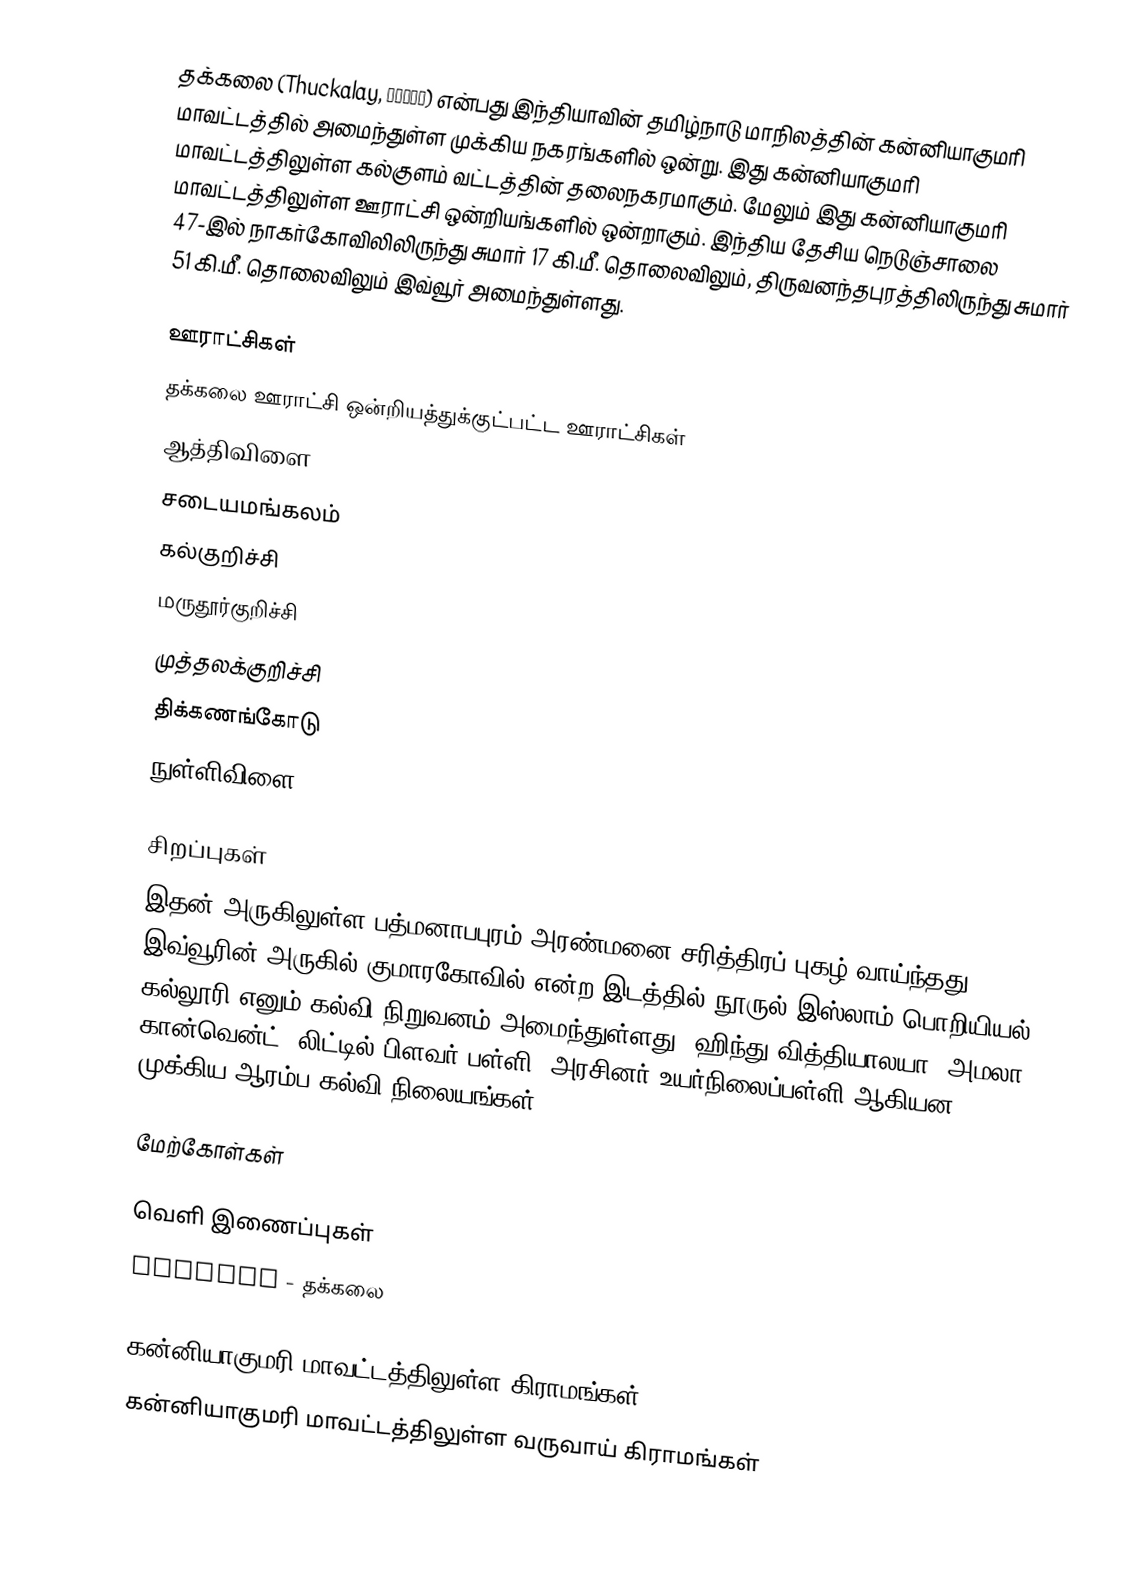
தக்கலை (Thuckalay, തക്കല) என்பது இந்தியாவின் தமிழ்நாடு மாநிலத்தின் கன்னியாகுமரி மாவட்டத்தில் அமைந்துள்ள முக்கிய நகரங்களில் ஒன்று. இது கன்னியாகுமரி மாவட்டத்திலுள்ள கல்குளம் வட்டத்தின் தலைநகரமாகும். மேலும் இது கன்னியாகுமரி மாவட்டத்திலுள்ள ஊராட்சி ஒன்றியங்களில் ஒன்றாகும். இந்திய தேசிய நெடுஞ்சாலை 47-இல் நாகர்கோவிலிலிருந்து சுமார் 17 கி.மீ. தொலைவிலும், திருவனந்தபுரத்திலிருந்து சுமார் 51 கி.மீ. தொலைவிலும் இவ்வூர் அமைந்துள்ளது.

ஊராட்சிகள்
தக்கலை ஊராட்சி ஒன்றியத்துக்குட்பட்ட ஊராட்சிகள்
ஆத்திவிளை
சடையமங்கலம்
கல்குறிச்சி
மருதூர்குறிச்சி
முத்தலக்குறிச்சி
திக்கணங்கோடு
நுள்ளிவிளை

சிறப்புகள்
இதன் அருகிலுள்ள பத்மனாபபுரம் அரண்மனை சரித்திரப் புகழ் வாய்ந்தது. இவ்வூரின் அருகில் குமாரகோவில் என்ற இடத்தில் நூருல் இஸ்லாம் பொறியியல் கல்லூரி எனும் கல்வி நிறுவனம் அமைந்துள்ளது. ஹிந்து வித்தியாலயா, அமலா கான்வென்ட், லிட்டில் பிளவர் பள்ளி, அரசினர் உயர்நிலைப்பள்ளி ஆகியன முக்கிய ஆரம்ப கல்வி நிலையங்கள்.

மேற்கோள்கள்

வெளி இணைப்புகள்
 GeoHack - தக்கலை

கன்னியாகுமரி மாவட்டத்திலுள்ள கிராமங்கள்
கன்னியாகுமரி மாவட்டத்திலுள்ள வருவாய் கிராமங்கள்